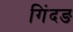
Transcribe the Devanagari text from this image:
गिंदङ